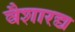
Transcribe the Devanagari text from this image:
वैशारद्य